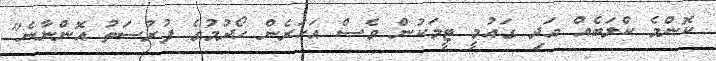
ކޮންމެ ކްލަބެއް އަދި ގައުމީ ޓީމަކުން ވެސް އަހަރެން ހޯދުމުގެ ފުރުސަތު އޮންނާނެ"